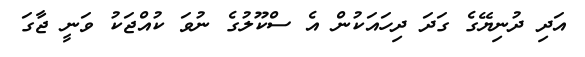
އަދި ދުނިޔޭގެ ގަދަ ދިހައަކުން އެ ސްކޫލުގެ ނުވަ ކުއްޖަކު ވަނީ ޖާގަ